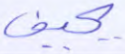
يحيف